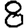
Digit: 8